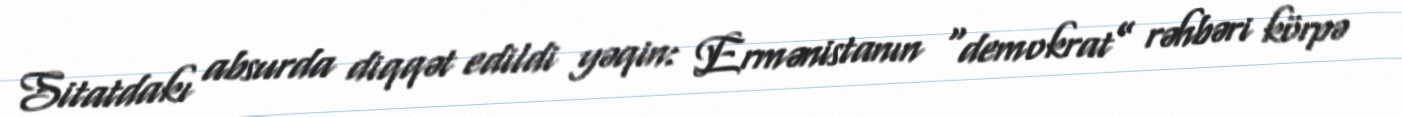
Sitatdakı absurda diqqət edildi yəqin: Ermənistanın “demokrat” rəhbəri körpə